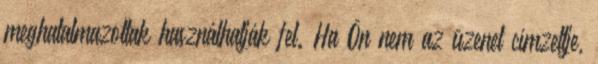
meghatalmazottak használhatják fel. Ha Ön nem az üzenet címzettje,